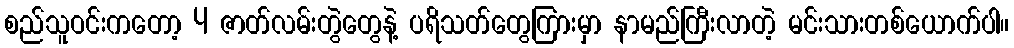
စည်သူဝင်းကတော့ 4 ဇာတ်လမ်းတွဲတွေနဲ့ ပရိသတ်တွေကြားမှာ နာမည်ကြီးလာတဲ့ မင်းသားတစ်ယောက်ပါ။